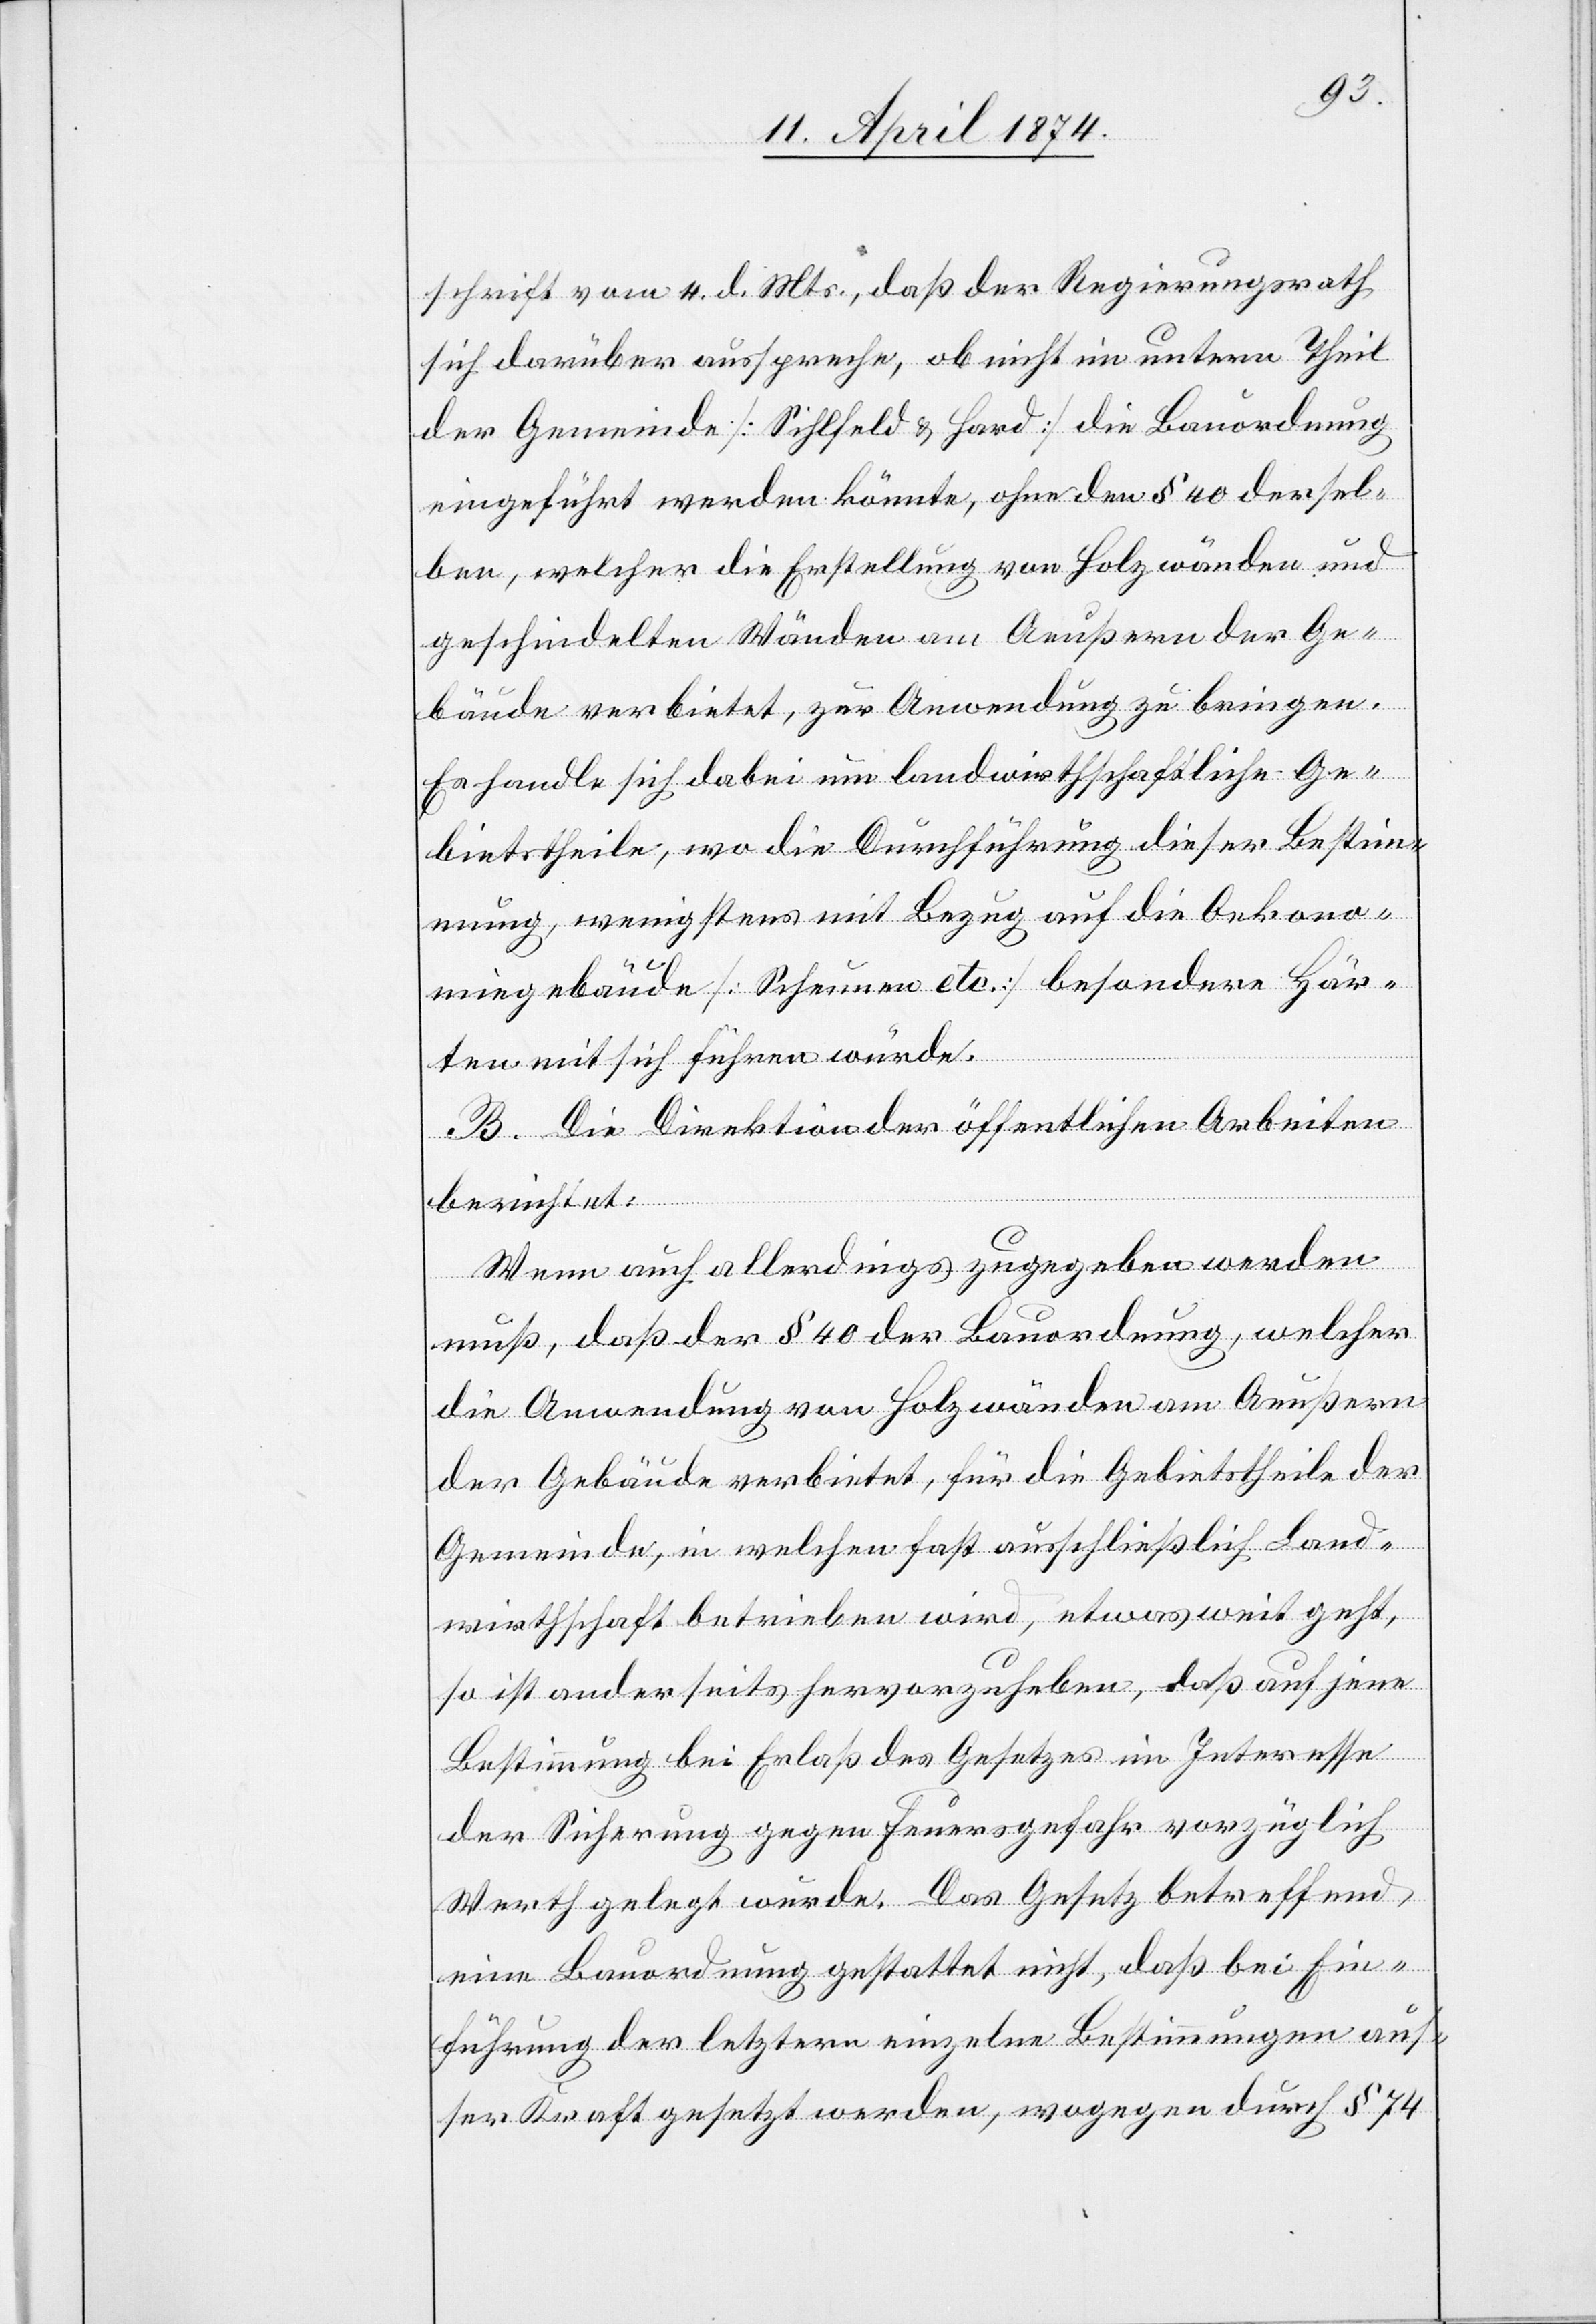
schrift vom 4. d. Mts., daß der Regierungsrath
sich darüber ausspreche, ob nicht im untern Theil
der Gemeinde [Sihlfeld u. Hard] die Bauordnung
eingeführt werden könnte, ohne den § 40 dersel¬
ben, welcher die Erstellung von Holzwänden und
geschindelten Wänden am Aeußern der Ge¬
bäude verbietet, zur Anwendung zu bringen.
Es handle sich dabei um landwirthschaftliche Ge¬
bietstheile, wo die Durchführung dieser Bestimm¬
ung, wenigstens mit Bezug auf die Oekono¬
miegebäude Scheunen etc.] besondere Här¬
ten mit sich führen würde.
B. Die Direktion der öffentlichen Arbeiten
berichtet:
Wenn auch allerdings zugegeben werden
muß, daß der § 40 der Bauordnung, welcher
die Anwendung von Holzwänden am Aeußern
der Gebäude verbietet, für die Gebietstheile der
Gemeinde, in welchen fast ausschließlich Land¬
wirthschaft betrieben wird, etwas weit geht,
so ist anderseits hervorzuheben, daß auch jene
Bestimmung bei Erlaß des Gesetzes im Interesse
der Sicherung gegen Feuersgefahr vorzüglich
Werth gelegt wurde. Das Gesetz betreffend
eine Bauordnung gestattet nicht, daß bei Ein¬
führung der letztern einzelne Bestimmungen aus¬
ser Kraft gesetzt werden, wogegen durch § 74